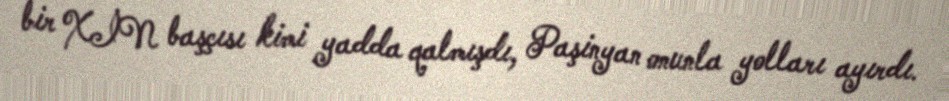
bir XİN başçısı kimi yadda qalmışdı, Paşinyan onunla yolları ayırdı.